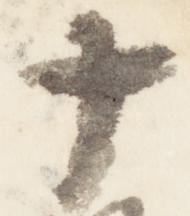
十